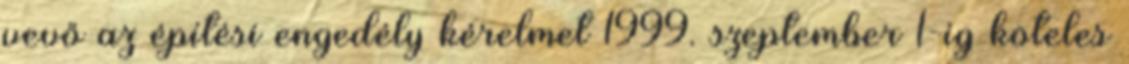
vevő az építési engedély kérelmet 1999. szeptember 1-ig köteles